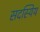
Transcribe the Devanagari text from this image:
सदस्यिय